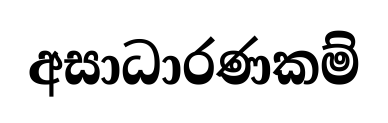
අසාධාරණකම්